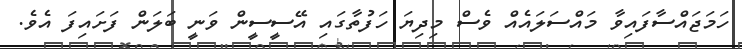
ހަމަޖައްސާފައިވާ މައްސަލައެއް ވެސް މިދިޔަ ހަފުތާގައި އޭސީސީން ވަނީ ބަލަން ފަށައިފަ އެވެ.